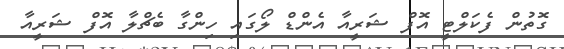
ގޮތުން ފެކަލްޓީ އޮފް ޝަރީއާ އެންޑް ލޯގައި ހިންގާ ބެޗްލާ އޮފް ޝަރީއާ